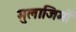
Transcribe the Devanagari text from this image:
मुलाजिमों